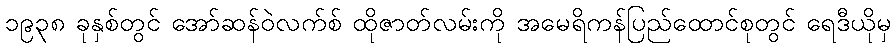
၁၉၃၈ ခုနှစ်တွင် အော်ဆန်ဝဲလက်စ် ထိုဇာတ်လမ်းကို အမေရိကန်ပြည်ထောင်စုတွင် ရေဒီယိုမှ